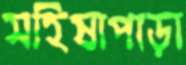
মহিষাপাড়া